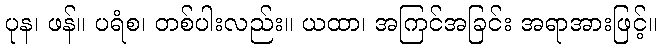
ပုန၊ ဖန်။ ပရံစ၊ တစ်ပါးလည်း။ ယထာ၊ အကြင်အခြင်း အရာအားဖြင့်။